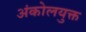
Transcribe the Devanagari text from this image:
अंकोलयुक्त